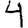
Digit: 4